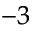
^ { - 3 }